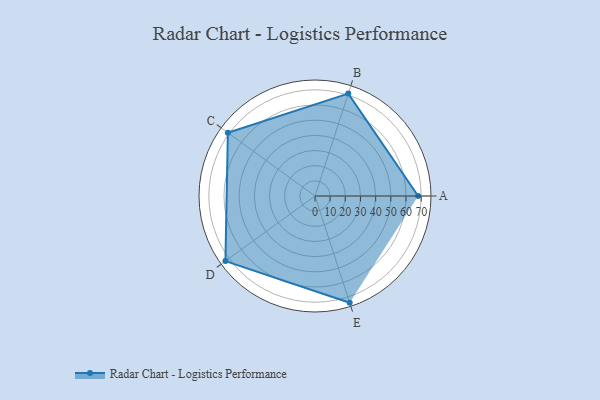
{"axis": {"x": "Skill", "y": "Score"}, "legend": ["Profile"], "data": [{"x": "A", "y": 68.0, "type": "Profile"}, {"x": "B", "y": 71.0, "type": "Profile"}, {"x": "C", "y": 71.0, "type": "Profile"}, {"x": "D", "y": 73.0, "type": "Profile"}, {"x": "E", "y": 74.0, "type": "Profile"}]}